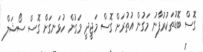
ގޮސް ބޮޑުތަކުރުފާނު މަގުން އުތުރަށް ގޮސް މަޖީދީ މަގުން ހުޅަނގަށް ގޮސް ސޯޝަލް